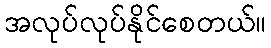
အလုပ်လုပ်နိုင်စေတယ်။